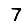
Digit: 7